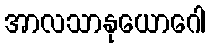
အာလသာနုယောဂေါ